Vaccination in Bombay 1869-1873 - 1869-1873
Year: 1869
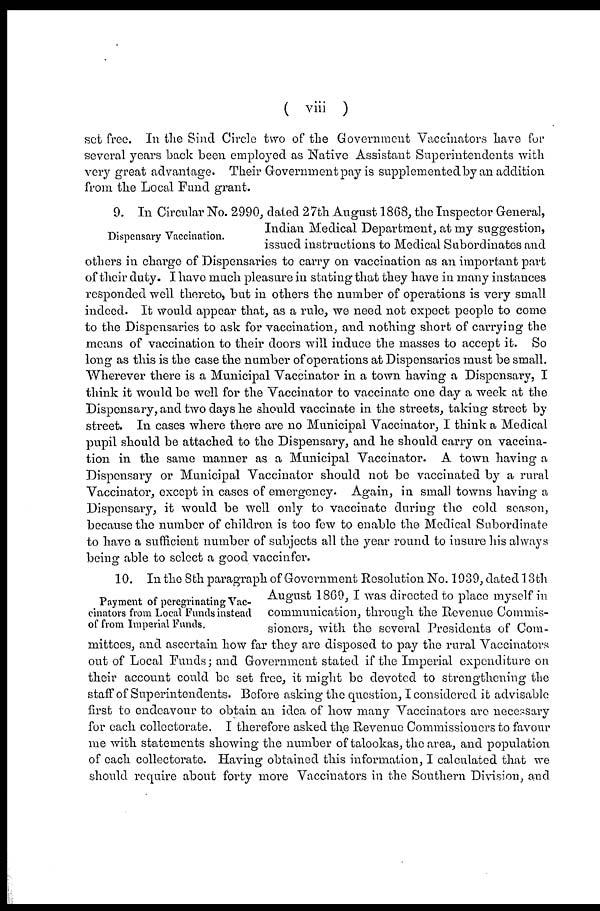
( viii )
set free. In the Sind Circle two of the Government Vaccinators have for
several years back been employed as Native Assistant Superintendents with
very great advantage. Their Government pay is supplemented by an addition
from the Local Fund grant.
Dispensary Vaccination.
9. In Circular No. 2990, dated 27th August 1868, the Inspector General,
Indian Medical Department, at my suggestion,
issued instructions to Medical Subordinates and
others in charge of Dispensaries to carry on vaccination as an important part
of their duty. I have much pleasure in stating that they have in many instances
responded well thereto, but in others the number of operations is very small
indeed. It would appear that, as a rule, we need not expect people to come
to the Dispensaries to ask for vaccination, and nothing short of carrying the
means of vaccination to their doors will induce the masses to accept it. So
long as this is the case the number of operations at Dispensaries must be small.
Wherever there is a Municipal Vaccinator in a town having a Dispensary, I
think it would be well for the Vaccinator to vaccinate one day a week at the
Dispensary, and two days he should vaccinate in the streets, taking street by
street. In cases where there are no Municipal Vaccinator, I think a Medical
pupil should be attached to the Dispensary, and he should carry on vaccina-
tion in the same manner as a Municipal Vaccinator. A town having a
Dispensary or Municipal Vaccinator should not be vaccinated by a rural
Vaccinator, except in cases of emergency. Again, in small towns having a
Dispensary, it would be well only to vaccinate during the cold season,
because the number of children is too few to enable the Medical Subordinate
to have a sufficient number of subjects all the year round to insure his always
being able to select a good vaccinfer.
Payment of peregrinating Vac-
cinators from Local Funds instead
of from Imperial Funds.
10. In the 8th paragraph of Government Resolution No. 1939, dated 13th
August 1869, I was directed to place myself in
communication, through the Revenue Commis-
sioners, with the several Presidents of Com-
mittees, and ascertain how far they are disposed to pay the rural Vaccinators
out of Local Funds; and Government stated if the Imperial expenditure on
their account could be set free, it might be devoted to strengthening the
staff of Superintendents. Before asking the question, I considered it advisable
first to endeavour to obtain an idea of how many Vaccinators are necessary
for each collectorate. I therefore asked the Revenue Commissioners to favour
me with statements showing the number of talookas, the area, and population
of each collectorate. Having obtained this information, I calculated that we
should require about forty more Vaccinators in the Southern Division, and